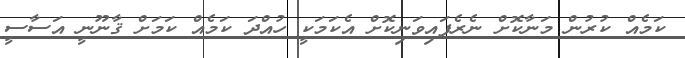
ކަމެއް ކުރުން މަނާކޮށް ނެރެފައިވަނިކޮށް އެކަމަކީ ހުއްދަ ކަމެއް ކަމަށް ޤާނޫނީ އަސާސީ